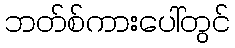
ဘတ်စ်ကားပေါ်တွင်